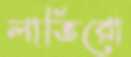
লাভিরো